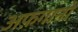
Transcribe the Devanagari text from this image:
अफ़गानो